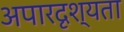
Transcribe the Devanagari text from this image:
अपारदृश्यता